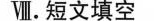
Ⅷ.短文填空